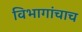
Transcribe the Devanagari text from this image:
विभागांचाच